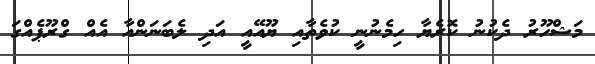
މަޝްހޫރު ދެކުނު ކޮރެޔާ ހިމެނުނީ ކުވެތާއި ޔޫއޭއީ އަދި ލެބަނަންއާ އެއް ގްރޫޕެއްގަ